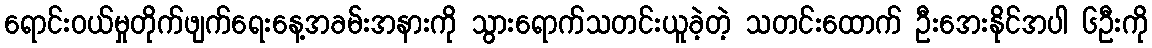
ရောင်းဝယ်မှုတိုက်ဖျက်ရေးနေ့အခမ်းအနားကို သွားရောက်သတင်းယူခဲ့တဲ့ သတင်းထောက် ဦးအေးနိုင်အပါ ၆ဦးကို